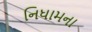
નિધામના